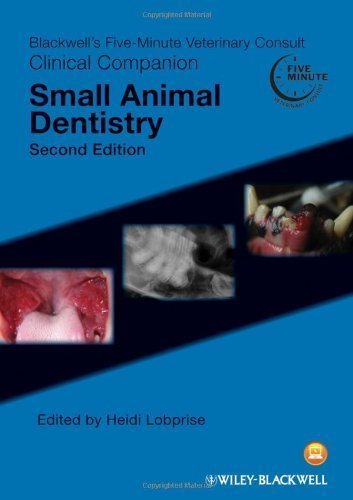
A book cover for Blackwell's Five-Minute Veterinary Consult Clinical Companion: Small Animal Dentistry 2nd (second) Edition published by Wiley-Blackwell (2012); Medical Books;